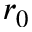
r _ { 0 }